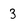
Character: 3